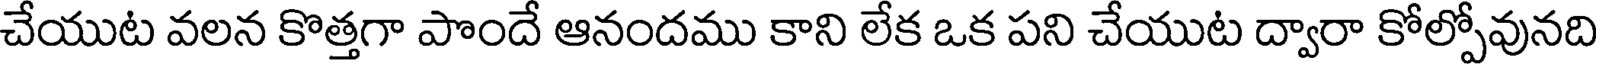
చేయుట వలన కొత్తగా పొందే ఆనందము కాని లేక ఒక పని చేయుట ద్వారా కోల్పోవునది